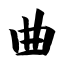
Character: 曲